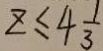
z \leq 4 \frac { 1 } { 3 }